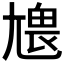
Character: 𡯹